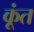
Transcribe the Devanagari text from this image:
कूंत